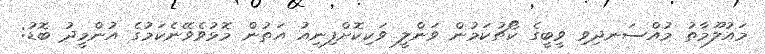
މައުލޫމާތު މުއްސަނދިވި ވީބީގެ ކޯޗުކަމުން ވަންލީ ވަކިކޮށްފިނިއު އަތުން މޮޅުވެވޭނެކަމުގެ އުންމީދު ބޮޑު: